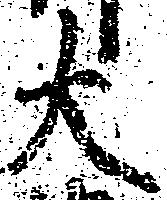
大